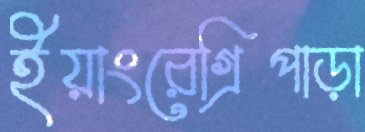
ইয়াংরেগ্রিপাড়া